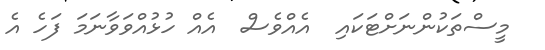
މީސްތަކުންނަށްޓަކައި  އެއްވެސް  އެއް ހުޅުއްވަވާނަމަ ފަހެ އެ